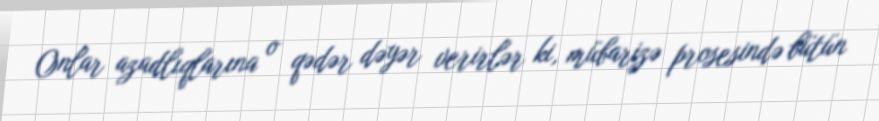
Onlar azadlıqlarına o qədər dəyər verirlər ki, mübarizə prosesində bütün